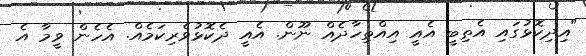
"އިދިކޮޅުގައި އެތިބީ އެއީ އިއްތިހާދެއް ނޫން. އެއީ ދެކޮޅުވެރިކަމެއް. އެހެން ވީމާ އެ